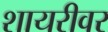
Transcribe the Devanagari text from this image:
शायरीवर